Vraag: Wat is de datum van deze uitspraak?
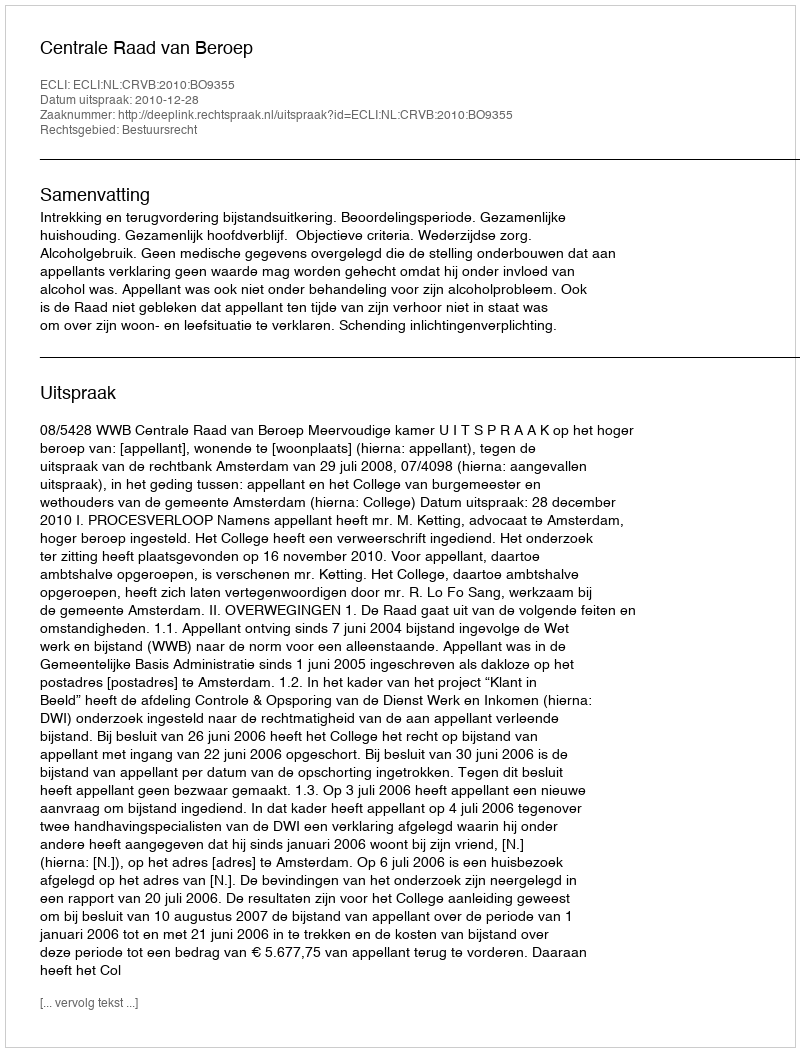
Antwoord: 2010-12-28